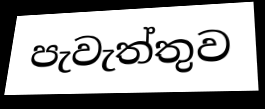
පැවැත්තුව